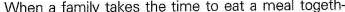
When a family takes the time to eat a meal togeth-